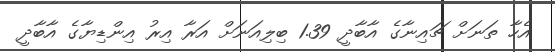
އެހާ ތަނަށް ޗައިނާގެ އާބާދީ 1.39 ބިލިއަނަށް އަރާ އިރު އިންޑިޔާގެ އާބާދީ